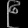
Digit: ၉